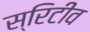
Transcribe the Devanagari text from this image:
स्रिटीव